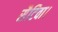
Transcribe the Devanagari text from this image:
सैटिवा।